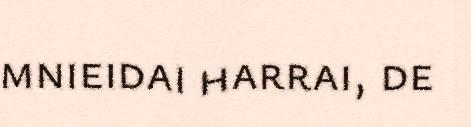
mnieidai harrai, de